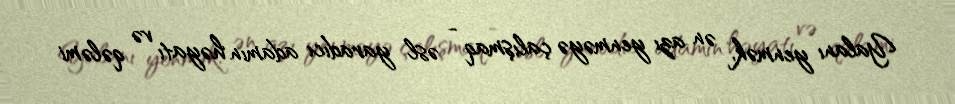
Yalanı yenmək, ən azı yenməyə çalışmaq - əsl yaradıcı adamın həyatı və qələmi